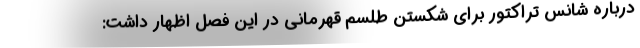
درباره شانس تراکتور برای شکستن طلسم قهرمانی در این فصل اظهار داشت: